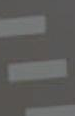
-